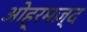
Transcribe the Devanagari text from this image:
ओह्रमज़्द